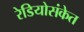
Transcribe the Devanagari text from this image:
रेडियोसंकेत